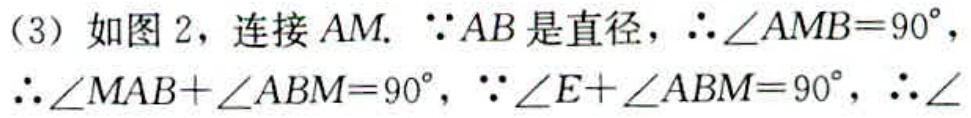
（3）如图 2，连接 \(AM\). \(\because AB\)是直径，\(\therefore\angle AMB = 90^{\circ}\)，\(\therefore\angle MAB+\angle ABM = 90^{\circ}\)，\(\because\angle E+\angle ABM = 90^{\circ}\)，\(\therefore\angle  \)